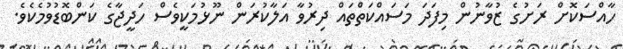
ހާއްސަކޮށް ރަށުގެ ޒުވާނުން މިފަދަ މަސައްކަތްތައް ދިރުވާ އަލާކުރަން ނޫޅުމަކީވެސް ހަދީޖާގެ ކަންބޮޑުވުމެކެވެ.